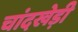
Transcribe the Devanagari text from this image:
चांदखेड़ी